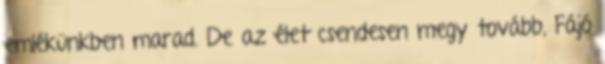
emlékünkben marad. De az élet csendesen megy tovább, Fájó